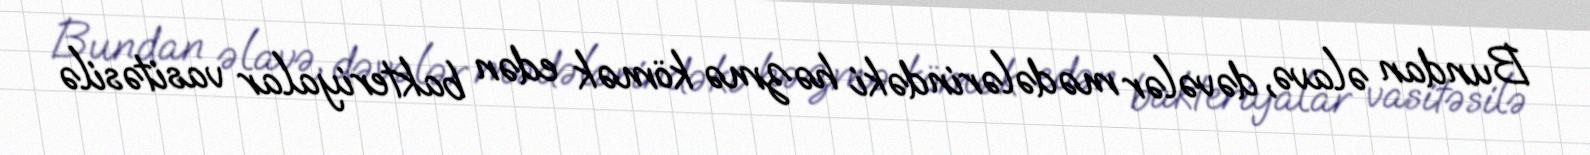
Bundan əlavə, dəvələr mədələrindəki həzmə kömək edən bakteriyalar vasitəsilə